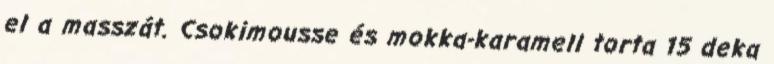
el a masszát. Csokimousse és mokka-karamell torta 15 deka